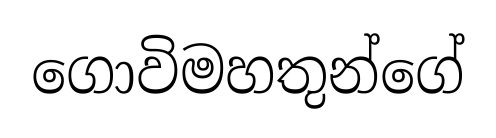
ගොවිමහතුන්ගේ